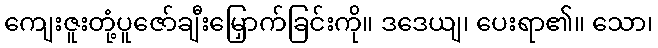
ကျေးဇူးတုံ့ပူဇော်ချီးမြှောက်ခြင်းကို။ ဒဒေယျ၊ ပေးရာ၏။ သော၊